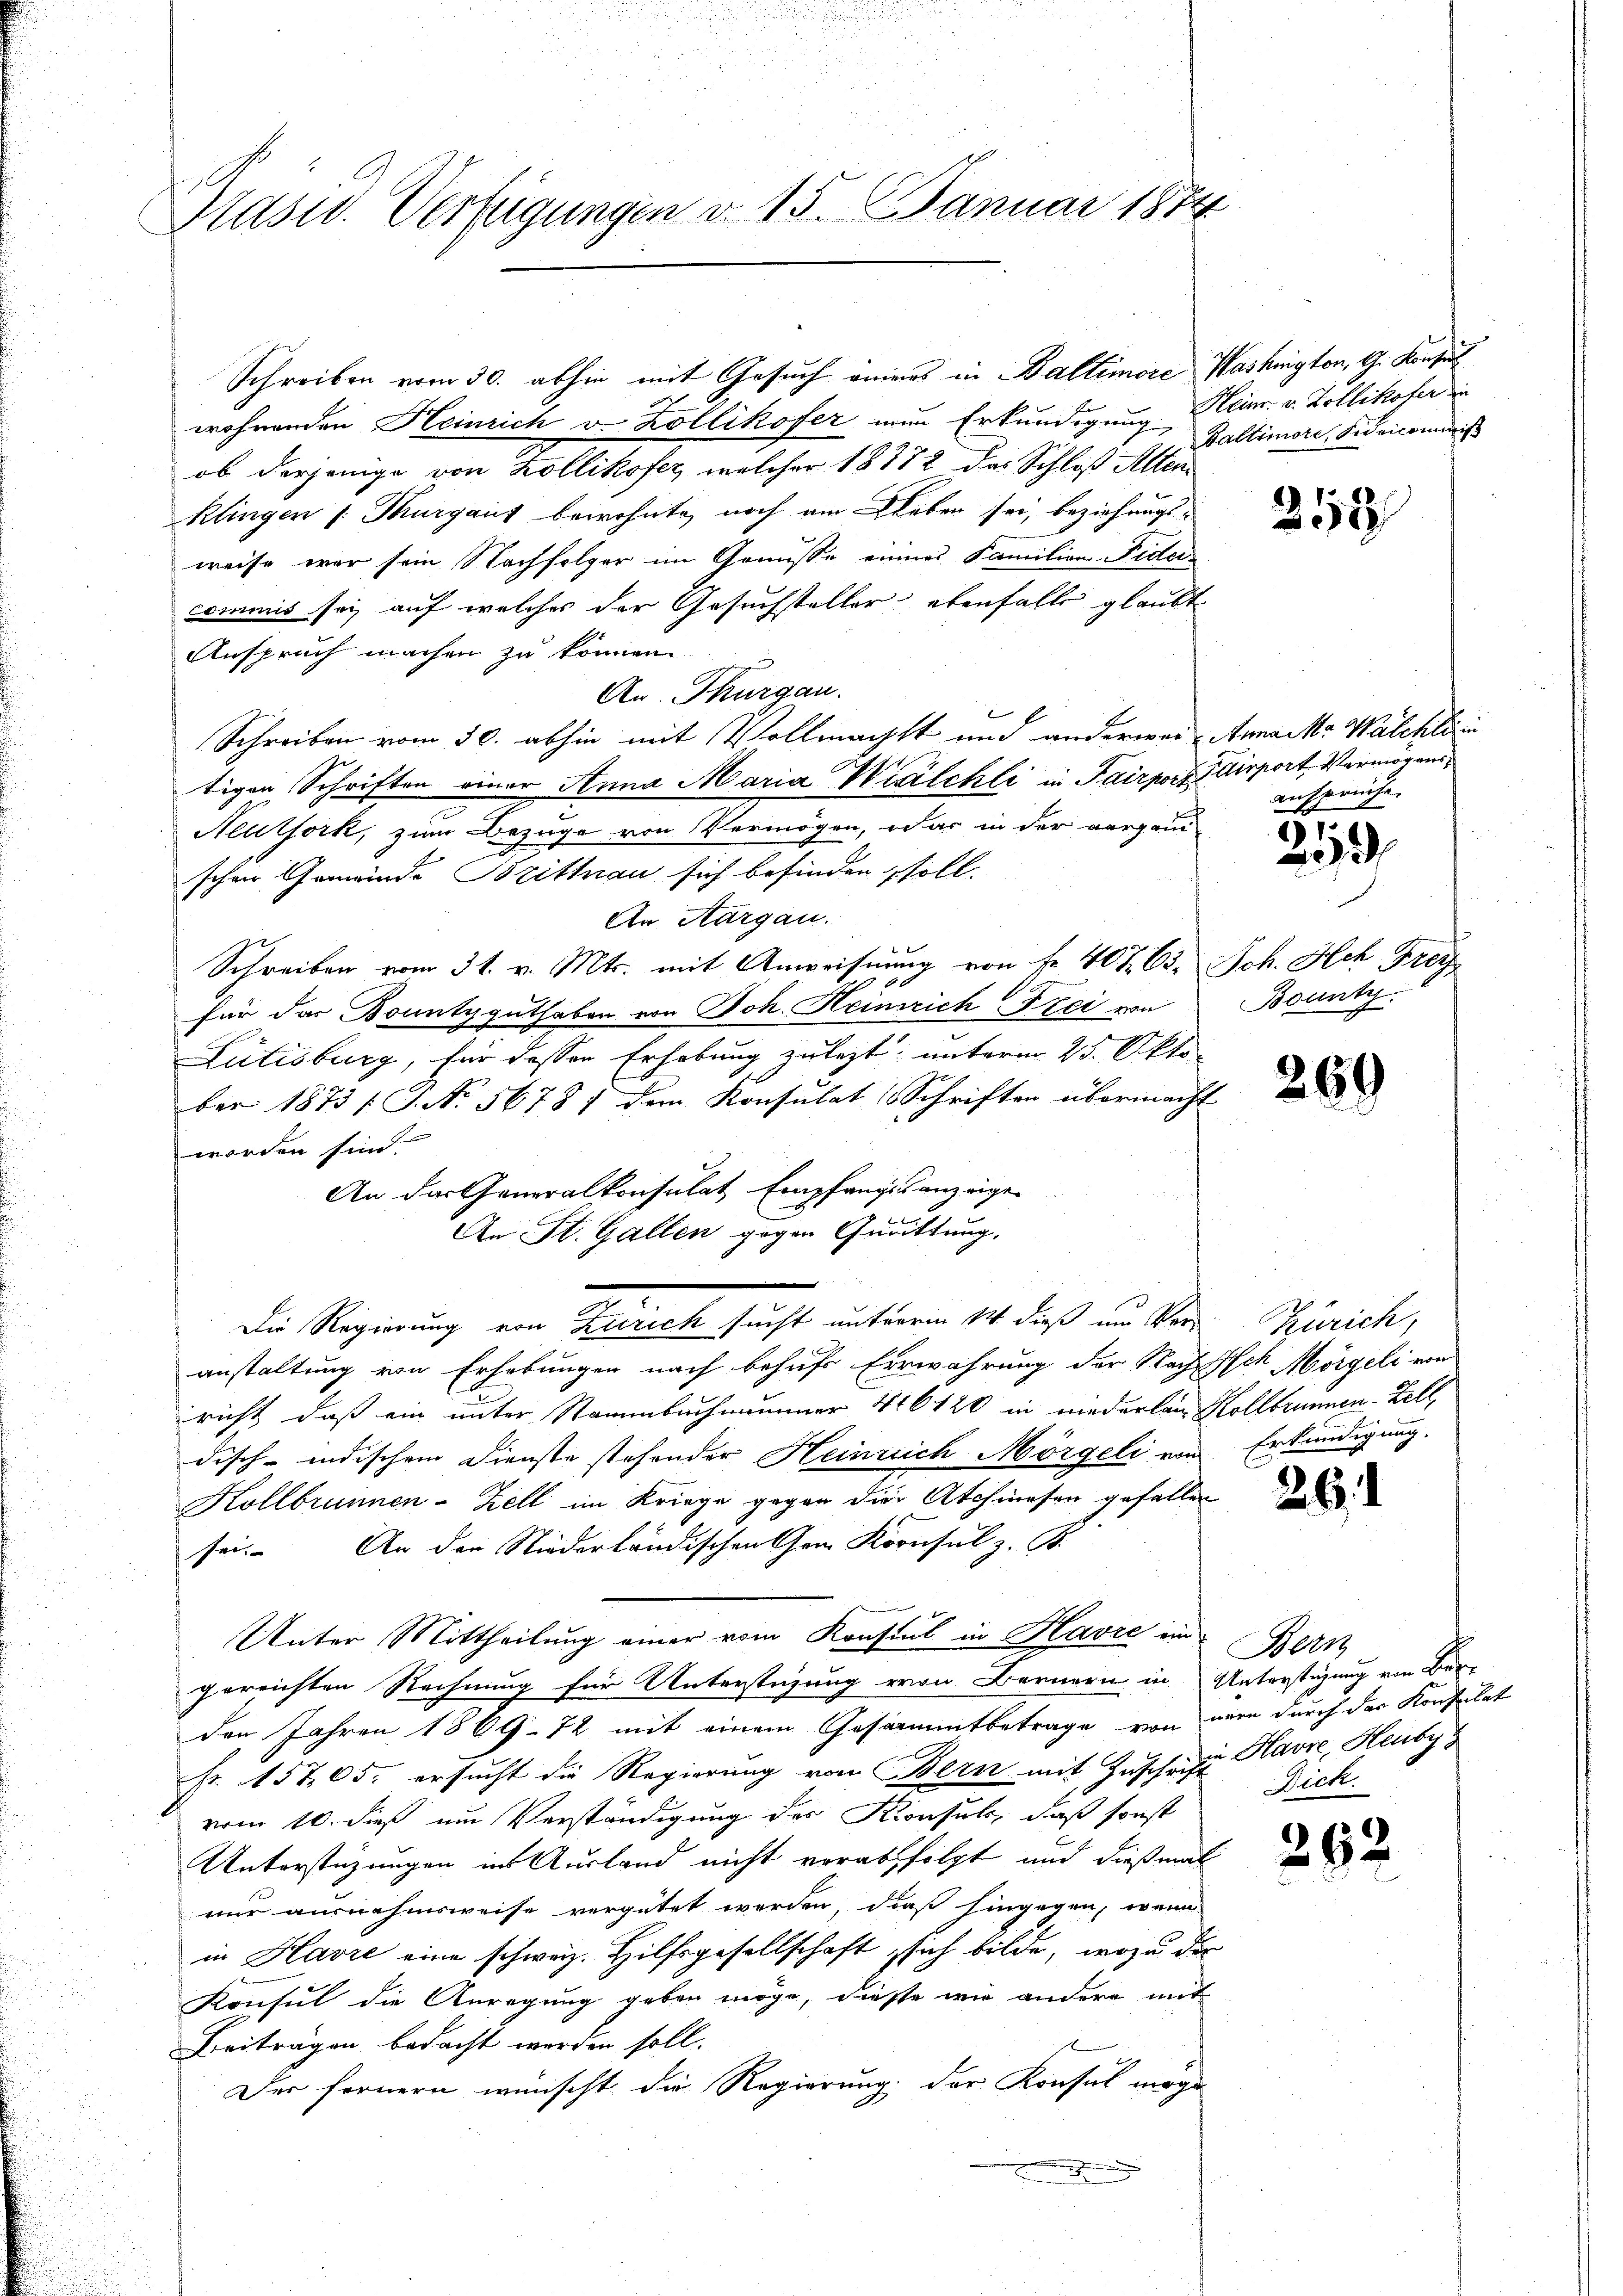
Hasur. Verfügungen d. 15. Januar 1874

ob derjenige von Kollikofer, welcher 18772 das Schloß Alten
klingen /: Margaus bewohnte noch am Leben sei, beziehungs-
weise war sein Nachfolger im Genüsse einers Familien-Fidei-
commis sei auf welches der Gesuchsteller ebenfalls glaubt
Anspruch machen zu können
An. Thurgau.
Schreiben vom 30. abhin mit Vollmachst und anderwei Annacke Walchli in
tigen Schriften einer Anna Maria Walchli in Pairport disport Vermögens¬
Neutfork, zum Bezuge von Vermögen, dar in der vergani-
schon Gemeinde Brittnau sich befinden, soll.
An Aargau.
Schreiben vom 31. v. Mts. mit Anweisung von Nr. 40 Z. 63. Jch. Hch Frey
Für das Bountyguthaben von Joh. Heinrich Frei von
Lütisburg, für dessen Erhebung zulezt; unterm 25. Okto-
ber 1873 (S. N. 5678 f dem Konsulat (Schriften übermacht
worden sind.
An das Generalkonsulat Empfangsanzeige
An St. Gallen gegen Quittung.
Die Regierung von Zürich sucht unterm 14. daß um Vor Zürich,
anstaltung von Erhebungen nach behufs Errwahrung der Nach Ich Morgeli von
richt, daß ein unter Stammbuchnammer 416120 in niederlain Kollbrunnen-Zell
disch-indischem Dienste stehender Heinrich Mörgeli vom Erkundigung.
Kollbrunnen-Zell im Kriege gegen die Atchinesen gefallen
sei. An den Niederländischen Gem Konsul z. B.
Unter Mittheilung einer vom Konsul in Havre in
gereichten Rechnung für Unterstüzung von Bernern in Unterstüzung von Ber-
den Jahren 1869. 72 mit einem Gesammtbetrage von wenn durch der Konsulat
pr. 15705. ersucht die Regierung von Bern mit Zuschrift Havre, Heubys
vom 10. dieß um Verständigung des Konsuls, daß sonst
Unterstüzungen ins Ausland nicht verabfolgt und dießmal
nur ausnahmsweise vergütet werden, daß hingegen, wenn
in Havre eine schweiz. Hilfsgesellschaft, sich bilde, wozu der
Konsul die Anregung geben möge, diesse wir andere mit
Beiträgen bedacht werden soll.
Der fernern wünscht die Regierung der Konsul mögen

Schreiben vom 30. abhin mit Gesuch eines in Ballimere Washingten, G. Konsul
wohnenden Heinrich v. Zollikofer nun Erkundigung Heim. v. Zollikofer in

Baltimore, Fideicommiß

258

Ansprüche.

5
2

Bounty

269

26.

Bern
Dick.

262